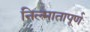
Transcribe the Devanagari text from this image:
निल्मातापूर्ण